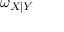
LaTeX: \omega _ { X \mid Y }